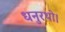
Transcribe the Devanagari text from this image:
धनुरथो।